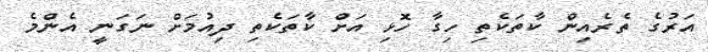
އަރުގެ ތެރެއިން ކާތަކެތި ހިގާ ހޮޅި އަށް ކާތަކެތި ދިއުމަށް ނަގަނީ އެންމެ